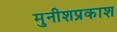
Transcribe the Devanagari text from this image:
मुनीशप्रकाश